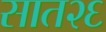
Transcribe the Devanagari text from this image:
सात२६